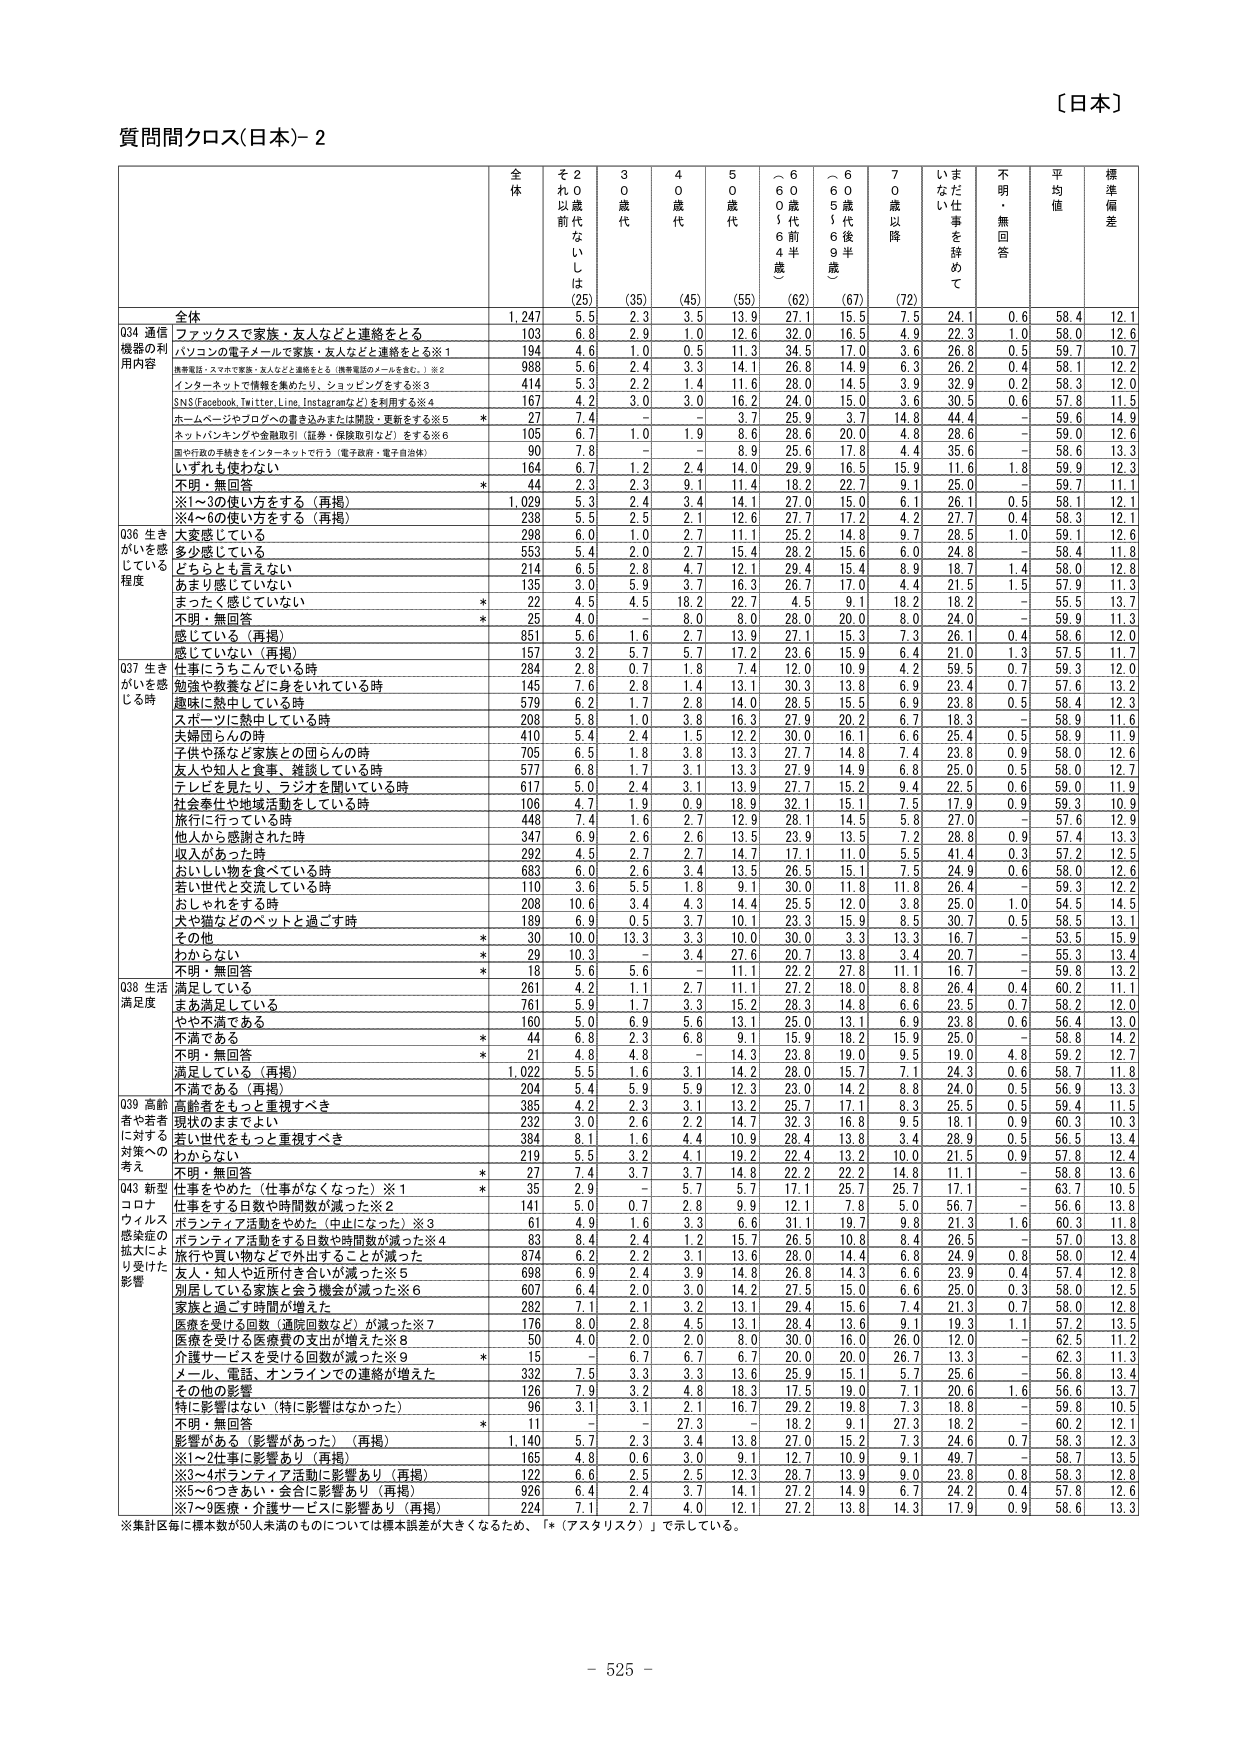
〔日本〕

質問間クロス(日本)-2

全体 20歳代 30歳代 40歳代 50歳代 60歳代前半 60歳代後半 70歳以降 まだ仕事を辞めていない 不明・無回答 平均値 標準偏差
(25) (35) (45) (55) (62) (67) (72)

全体 1,247 5.5 2.3 3.5 13.9 27.1 15.5 7.5 24.1 0.6 58.4 12.1

034 通信機器の利用内容
・ファックスで家族・友人などと連絡をとる 103 6.8 2.9 1.0 12.6 32.0 16.5 4.9 22.3 1.0 58.0 12.6
・パソコンの電子メールで家族・友人などと連絡をとる※1 194 4.6 1.0 0.5 11.3 34.5 17.0 3.6 26.8 0.5 59.7 12.7
携帯電話・スマホで家族・友人などと連絡をとる（携帯電話のメールを含む。）※2 988 5.6 2.4 3.3 14.1 26.8 14.9 6.3 26.2 0.4 58.1 12.2
・インターネットで情報を集めたり、ショッピングをする※3 414 5.3 2.2 1.4 11.6 28.0 14.5 3.9 32.9 0.2 58.3 12.0
・SNS(Facebook, Twitter, Line, Instagramなど)を利用する※4 167 4.2 3.0 3.0 16.2 24.0 15.0 3.6 30.5 0.6 57.8 11.5
・ホームページやブログへの書き込みまたは閲覧・更新をする※5 * 27 7.4 - - 3.7 25.9 3.7 14.8 44.4 - 59.6 14.9
・ネットバンキングや金融取引（証券・保険取引など）をする※6 105 6.7 1.0 1.9 8.6 28.6 20.0 4.8 28.6 - 59.0 12.6
・国や行政の手続きをインターネットで行う（電子政府・電子自治体） 90 7.8 - - 8.9 25.6 17.8 4.4 35.6 - 58.6 13.3
・いずれも使わない 164 6.7 1.2 2.4 14.0 29.9 16.5 15.9 11.6 1.8 59.9 12.3
・不明・無回答 * 44 2.3 2.3 9.1 11.4 18.2 22.7 9.1 25.0 - 59.7 11.1
※1～3の使い方をする（再掲） 1,029 5.3 2.4 3.4 14.1 27.0 15.0 6.1 26.1 0.5 58.1 12.1
※4～6の使い方をする（再掲） 238 5.5 2.5 2.1 12.6 27.7 17.2 4.2 27.7 0.4 58.3 12.1

036 生きがいを感じている程度
・大変感じている 298 6.0 1.0 2.7 11.1 25.2 14.8 9.7 28.5 1.0 59.1 12.6
・多少感じている 553 5.4 2.0 2.7 15.4 28.2 15.6 6.0 24.8 - 58.4 11.8
・どちらとも言えない 214 6.5 2.8 4.7 12.1 29.4 15.4 8.9 18.7 1.4 58.0 12.8
・あまり感じていない 135 3.0 5.9 3.7 16.3 26.7 17.0 4.4 21.5 1.5 57.9 11.3
・まったく感じていない * 22 4.5 4.5 18.2 22.7 4.5 9.1 18.2 18.2 - 55.5 13.7
・不明・無回答 * 25 4.0 - 8.0 8.0 28.0 20.0 8.0 24.0 - 59.9 11.3
・感じている（再掲） 851 5.6 1.6 2.7 13.9 27.1 15.3 7.3 26.1 0.4 58.6 12.0
・感じていない（再掲） 157 3.2 5.7 5.7 17.2 23.6 15.9 6.4 21.0 1.3 57.5 11.7

037 生きがいを感じる時
・仕事にうちこんでいる時 284 2.8 0.7 1.8 7.4 12.0 10.9 4.2 59.5 0.7 59.3 12.0
・勉強や教養などに身をいれている時 145 7.6 2.8 1.4 13.1 30.3 13.8 6.9 23.4 0.7 57.6 13.2
・趣味に熱中している時 579 6.2 1.7 2.8 14.0 26.5 15.5 6.9 23.8 0.5 58.4 12.3
・スポーツに熱中している時 208 5.8 1.0 3.8 16.3 27.9 20.2 6.7 18.3 - 58.9 11.6
・夫婦団らんの時 410 5.4 2.4 1.5 12.2 30.0 16.1 6.6 25.4 0.5 58.9 11.9
・子供や孫など家族との団らんの時 705 6.5 1.8 3.8 13.3 27.7 14.8 7.4 23.8 0.9 58.0 12.6
・友人や知人と食事、雑談している時 577 6.8 1.7 3.1 13.3 27.9 14.9 6.8 25.0 0.5 58.0 12.7
・テレビを見たり、ラジオを聞いている時 617 5.0 2.4 3.1 13.9 27.7 15.2 9.4 22.5 0.6 59.0 11.9
・社会奉仕や地域活動をしている時 106 4.7 1.9 0.9 18.9 32.1 15.1 7.5 17.9 0.9 59.3 10.9
・旅行に行っている時 448 7.4 1.6 2.7 12.9 28.1 14.5 5.8 27.0 - 57.6 12.9
・他人から感謝された時 347 6.9 2.6 2.6 13.5 23.9 13.5 7.2 28.8 0.9 57.4 13.3
・収入があった時 292 4.5 2.7 2.7 14.7 17.1 11.0 5.5 41.4 0.3 57.2 12.5
・おいしい物を食べている時 683 6.0 2.6 3.4 13.5 26.5 15.1 7.5 24.9 0.6 58.0 12.6
・若い世代と交流している時 110 3.6 5.5 1.8 9.1 30.0 11.8 11.8 26.4 - 59.3 12.2
・おしゃれをする時 208 10.6 3.4 4.3 14.4 25.5 12.0 3.8 25.0 1.0 54.5 14.5
・犬や猫などのペットと過ごす時 189 6.9 0.5 3.7 10.1 23.3 15.9 8.5 30.7 0.5 58.5 13.1
・その他 * 30 10.0 13.3 3.3 10.0 30.0 3.3 13.3 16.7 - 53.5 15.9
・わからない * 29 10.3 - 3.4 27.6 20.7 13.8 3.4 20.7 - 55.3 13.4
・不明・無回答 * 18 5.6 5.6 - 11.1 22.2 27.8 11.1 16.7 - 59.8 13.2

038 生活満足度
・満足している 261 4.2 1.1 2.7 11.1 27.2 18.0 8.8 26.4 0.4 60.2 11.1
・まあ満足している 761 5.9 1.7 3.3 15.2 28.3 14.8 6.6 23.5 0.7 58.2 12.0
・やや不満である 160 5.0 6.9 5.6 13.1 25.0 13.1 6.9 23.8 0.6 56.4 13.0
・不満である * 44 6.8 2.3 6.8 9.1 15.9 18.2 15.9 25.0 - 58.8 14.2
・不明・無回答 * 21 4.8 4.8 - 14.3 23.8 19.0 9.5 19.0 4.8 59.2 12.7
・満足している（再掲） 1,022 5.5 1.6 3.1 14.2 28.0 15.7 7.1 24.3 0.6 58.7 11.8
・不満である（再掲） 204 5.4 5.9 5.9 12.3 23.0 14.2 8.8 24.0 0.5 56.9 13.3

039 高齢者や若者に対する対策への考え
・高齢者をもっと重視すべき 385 4.2 2.3 3.1 13.2 25.7 17.1 8.3 25.5 0.5 59.4 11.5
・現状のままでよい 232 3.0 2.6 2.2 14.7 32.3 16.8 9.5 18.1 0.9 60.3 10.3
・若い世代をもっと重視すべき 384 8.1 1.6 4.4 10.9 28.4 13.8 3.4 28.9 0.5 56.5 13.4
・わからない 219 5.5 3.2 4.1 19.2 22.4 13.2 10.0 21.5 0.9 57.8 12.4
・不明・無回答 * 27 7.4 3.7 3.7 14.8 22.2 22.2 14.8 11.1 - 58.8 13.6

043 新型コロナウイルス感染症の拡大により受けた影響
・仕事をやめた（仕事がなくなった）※1 * 35 2.9 - 5.7 5.7 17.1 25.7 25.7 17.1 - 63.7 10.5
・仕事をする日数や時間数が減った※2 141 5.0 0.7 2.8 9.9 12.1 7.8 5.0 56.7 - 56.6 13.8
・ボランティア活動をする日数や時間数が減った※3 61 4.9 1.6 3.3 6.6 31.1 19.7 9.8 21.3 1.6 60.3 11.8
・ボランティア活動をする日数や時間数が減った※4 83 8.4 2.4 1.2 15.7 26.5 10.8 8.4 26.5 - 57.0 13.8
・旅行や買い物などで外出することが減った 874 6.2 2.2 3.1 13.6 28.0 14.4 6.8 24.9 0.8 58.0 12.4
・友人・知人や近所付き合いが減った※5 698 6.9 2.4 3.9 14.8 26.8 14.3 6.6 23.9 0.4 57.4 12.8
・別居している家族と会う機会が減った※6 607 6.4 2.0 3.0 14.2 27.5 15.0 6.6 25.0 0.3 58.0 12.5
・家族と過ごす時間が増えた 282 7.1 2.1 3.2 13.1 29.4 15.6 7.4 21.3 0.7 58.0 12.8
・医療を受ける回数（通院回数など）が減った※7 176 8.0 2.8 4.5 13.1 28.4 13.6 9.1 19.3 1.1 57.2 13.5
・医療を受ける医療費の支出が増えた※8 50 4.0 2.0 2.0 8.0 30.0 16.0 26.0 12.0 - 62.5 11.2
・介護サービスを受けた回数が減った※9 * 15 - 6.7 6.7 6.7 20.0 20.0 26.7 13.3 - 62.3 11.3
・メール、電話、オンラインでの連絡が増えた 332 7.5 3.3 3.3 13.6 25.9 15.1 5.7 25.6 - 56.8 13.4
・その他の影響 126 7.9 3.2 4.8 18.3 17.5 19.0 7.1 20.6 1.6 56.6 13.7
・特に影響はない（特に影響はなかった） 96 3.1 3.1 2.1 16.7 29.2 19.8 7.3 18.8 - 59.8 10.5
・不明・無回答 * 11 - - 27.3 - 18.2 9.1 27.3 18.2 - 60.2 12.1
・影響がある（影響があった）（再掲） 1,140 5.7 2.3 3.4 13.8 27.0 15.2 7.3 24.6 0.7 58.3 12.3
※1～2件事に影響あり（再掲） 165 4.8 0.6 3.0 9.1 12.7 10.9 9.1 49.7 - 58.7 13.5
※3～4ボランティア活動に影響あり（再掲） 122 6.6 2.5 2.5 12.3 28.7 13.9 9.0 23.8 0.8 58.3 12.8
※5～6つきあい・会合に影響あり（再掲） 926 6.4 2.4 3.7 14.1 27.2 14.9 6.7 24.2 0.4 57.8 12.6
※7～9医療・介護サービスに影響あり（再掲） 224 7.1 2.7 4.0 12.1 27.2 13.8 14.3 17.9 0.9 58.6 13.3

※集計区毎に標本数が50人未満のものについては標準誤差が大きくなるため、「*（アスタリスク）」で示している。

- 525 -